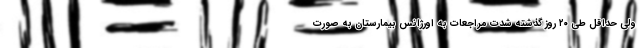
ولی حداقل طی ۲۰ روز گذشته شدت مراجعات به اورژانس بیمارستان به صورت